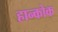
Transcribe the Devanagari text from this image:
हान्कोक